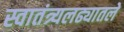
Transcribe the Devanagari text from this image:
स्वातंत्र्यलढ्यातले